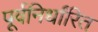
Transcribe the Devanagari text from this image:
पूर्वनिर्धांरित